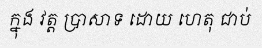
ក្នុង វត្ត ប្រាសាទ ដោយ ហេតុ ជាប់